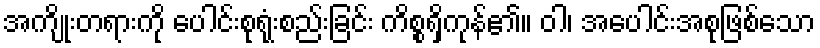
အကျိုးတရားကို ပေါင်းစုရုံးစည်းခြင်း ကိစ္စရှိကုန်၏။ ဝါ၊ အပေါင်းအစုဖြစ်သော